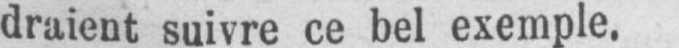
draient suivre ce bel exemple.